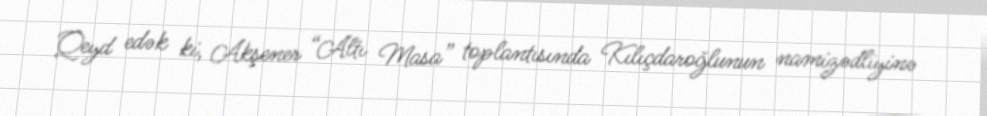
Qeyd edək ki, Akşener “Altı Masa” toplantısında Kılıçdaroğlunun namizədliyinə